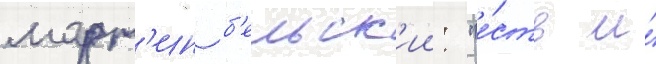
март'ин б'ельск'ии: "е́сть и́